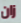
زان